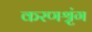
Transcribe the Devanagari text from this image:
करणश्रृंग